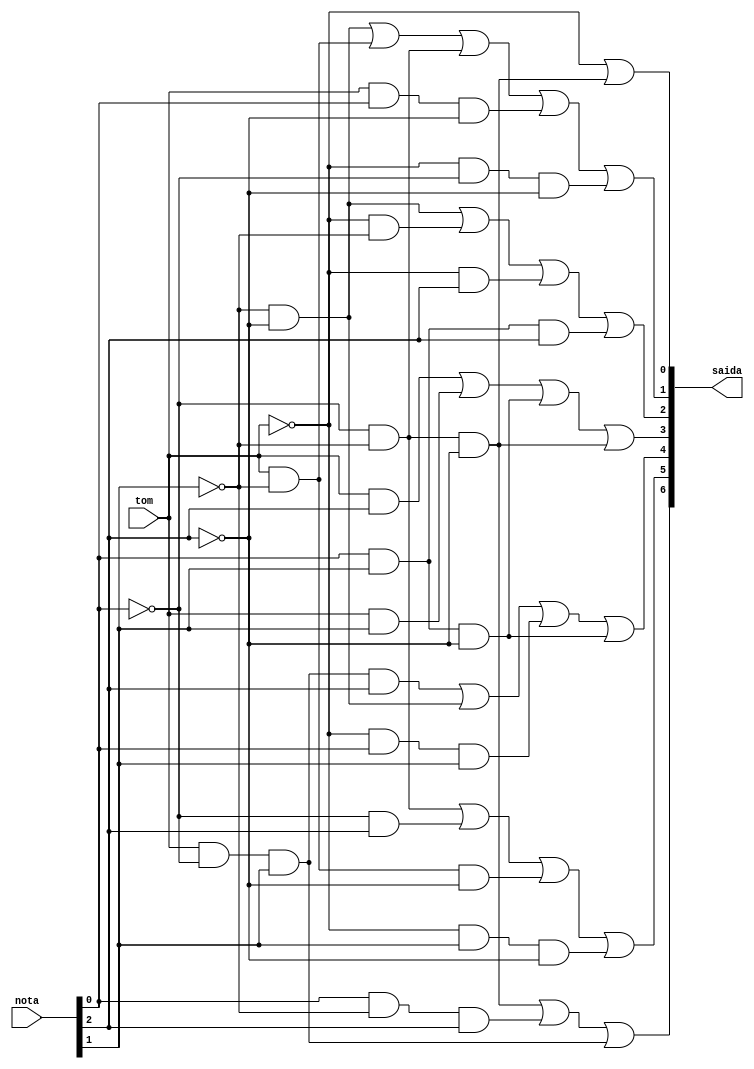
/*
	MODULO DISPLAY 7 SEGMENTOS
*/

module display7seg(tom, nota, saida);
	input 	tom;
	input 	[2:0] nota;
	output 	[6:0] saida;
	
	assign saida[0] = (~tom                                 ) |
							(       ~nota[0] & ~nota[1] & ~nota[2]);
	
	assign saida[1] = (                  ~nota[1] & ~nota[2]) |
							( tom &            ~nota[1]           ) |
							(       ~nota[0] & ~nota[1]           ) |
							( tom &  nota[0] &            ~nota[2]) |
							(~tom & ~nota[0] &            ~nota[2]);
							
	assign saida[2] = (                  ~nota[1] & ~nota[2]) |
							(~tom &            ~nota[1]           ) |
							(~tom &                        nota[2]) |
							(        nota[0] &  nota[1] &  nota[2]);
	
	assign saida[3] = ( tom &                        nota[2]) |
							( tom &             nota[1]           ) |
							(        nota[0] &  nota[1] & ~nota[2]) |
							(       ~nota[0] & ~nota[1] & ~nota[2]);
	
	assign saida[4] = ( tom & ~nota[0] &  nota[1] &  nota[2]) |
							(                  ~nota[1] & ~nota[2]) |
							(~tom &  nota[0] &  nota[1]           ) |
							(        nota[0] &  nota[1] & ~nota[2]);
	
	assign saida[5] = (       ~nota[0] & ~nota[1]           ) |
							(       ~nota[0] &             nota[2]) |
							( tom &            ~nota[1] & ~nota[2]) |
							(~tom &             nota[1] & ~nota[2]);
	
	assign saida[6] = (       ~nota[0] & ~nota[1] & ~nota[2]) |
							(        nota[0] & ~nota[1] &  nota[2]) |
							( tom & ~nota[0] &  nota[1]           );

endmodule